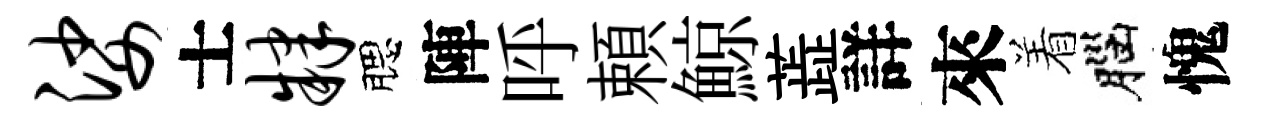
娑士肄腮陣呼頼鯨蕋詳來着腦愧